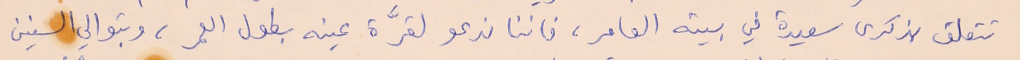
تتعلق بذكرى سعيدة في بيته العامر، فاننا ندعو لقرَّة عينه بطول العمر، وبتوالي السنين